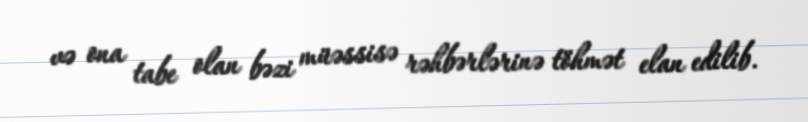
və ona tabe olan bəzi müəssisə rəhbərlərinə töhmət elan edilib.